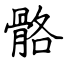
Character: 骼